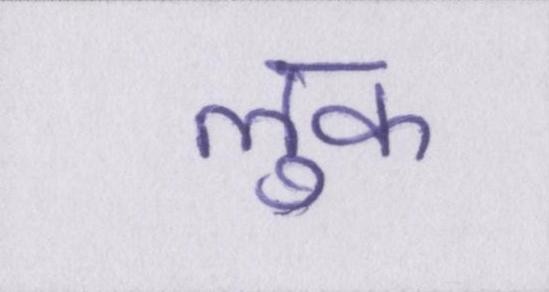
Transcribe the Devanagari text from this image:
लुक